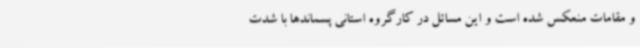
و مقامات منعکس شده است و این مسائل در کارگروه استانی پسماندها با شدت